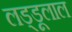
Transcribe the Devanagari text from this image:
लड्डूलाल